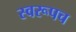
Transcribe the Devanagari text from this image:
स्वरूपच